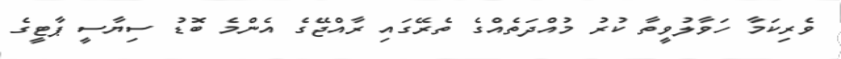
ވެރިކަމާ ހަވާލުވީތާ ކުރު މުއްދަތެއްގެ ތެރޭގައި ރާއްޖޭގެ އެންމެ ބޮޑު ސިޔާސީ ޕާޓީގެ